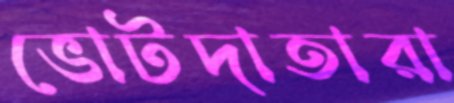
ভোটদাতারা